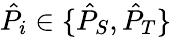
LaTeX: \hat{P}_{i}\in\{ \hat{P}_{S},\hat{P}_{T}\}